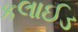
કલાઈડ